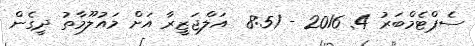
ސެޕްޓެމްބަރު 4